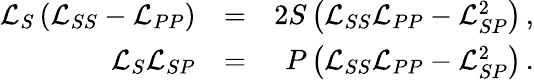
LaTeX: \begin{array}{rlr}{\mathcal{L}_{S}\left(\mathcal{L}_{SS}-\mathcal{L}_{PP}\right)}&{=}&{2S\left(\mathcal{L}_{SS}\mathcal{L}_{PP}-\mathcal{L}_{SP}^{2}\right)\, ,}\\ {\mathcal{L}_{S}\mathcal{L}_{SP}}&{=}&{P\left(\mathcal{L}_{SS}\mathcal{L}_{PP}-\mathcal{L}_{SP}^{2}\right)\, .}\end{array}